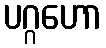
ပဂ္ဂဟော